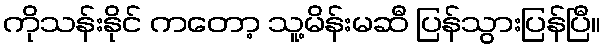
ကိုသန်းနိုင် ကတော့ သူ့မိန်းမဆီ ပြန်သွားပြန်ပြီ။